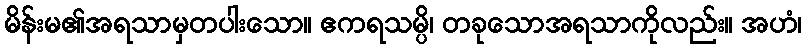
မိန်းမ၏အရသာမှတပါးသော။ ဧကရသမ္ပိ၊ တခုသောအရသာကိုလည်း။ အဟံ၊